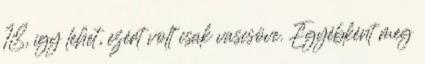
18, így lehet, ezért volt csak vascsöve. Egyébként meg